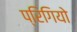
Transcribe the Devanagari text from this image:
प्रिगियो